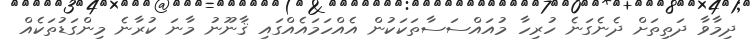
ދިމާވާ ދަތިތަށް ދެނެގަނެ ހުރިހާ މުއައްސަސާތަކަކުން އެއްހަމައެއްގައި ޤާނޫނު މާނަ ކުރާނެ މިންގަޑުތަކެއް